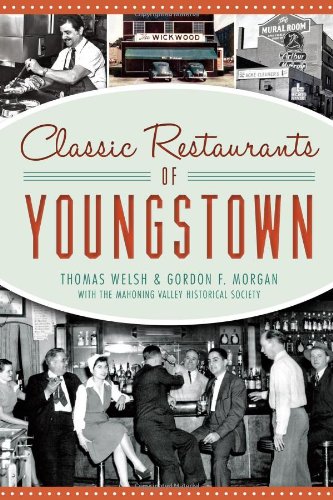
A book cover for Classic Restaurants of Youngstown (American Palate); Thomas Welsh; Cookbooks, Food & Wine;